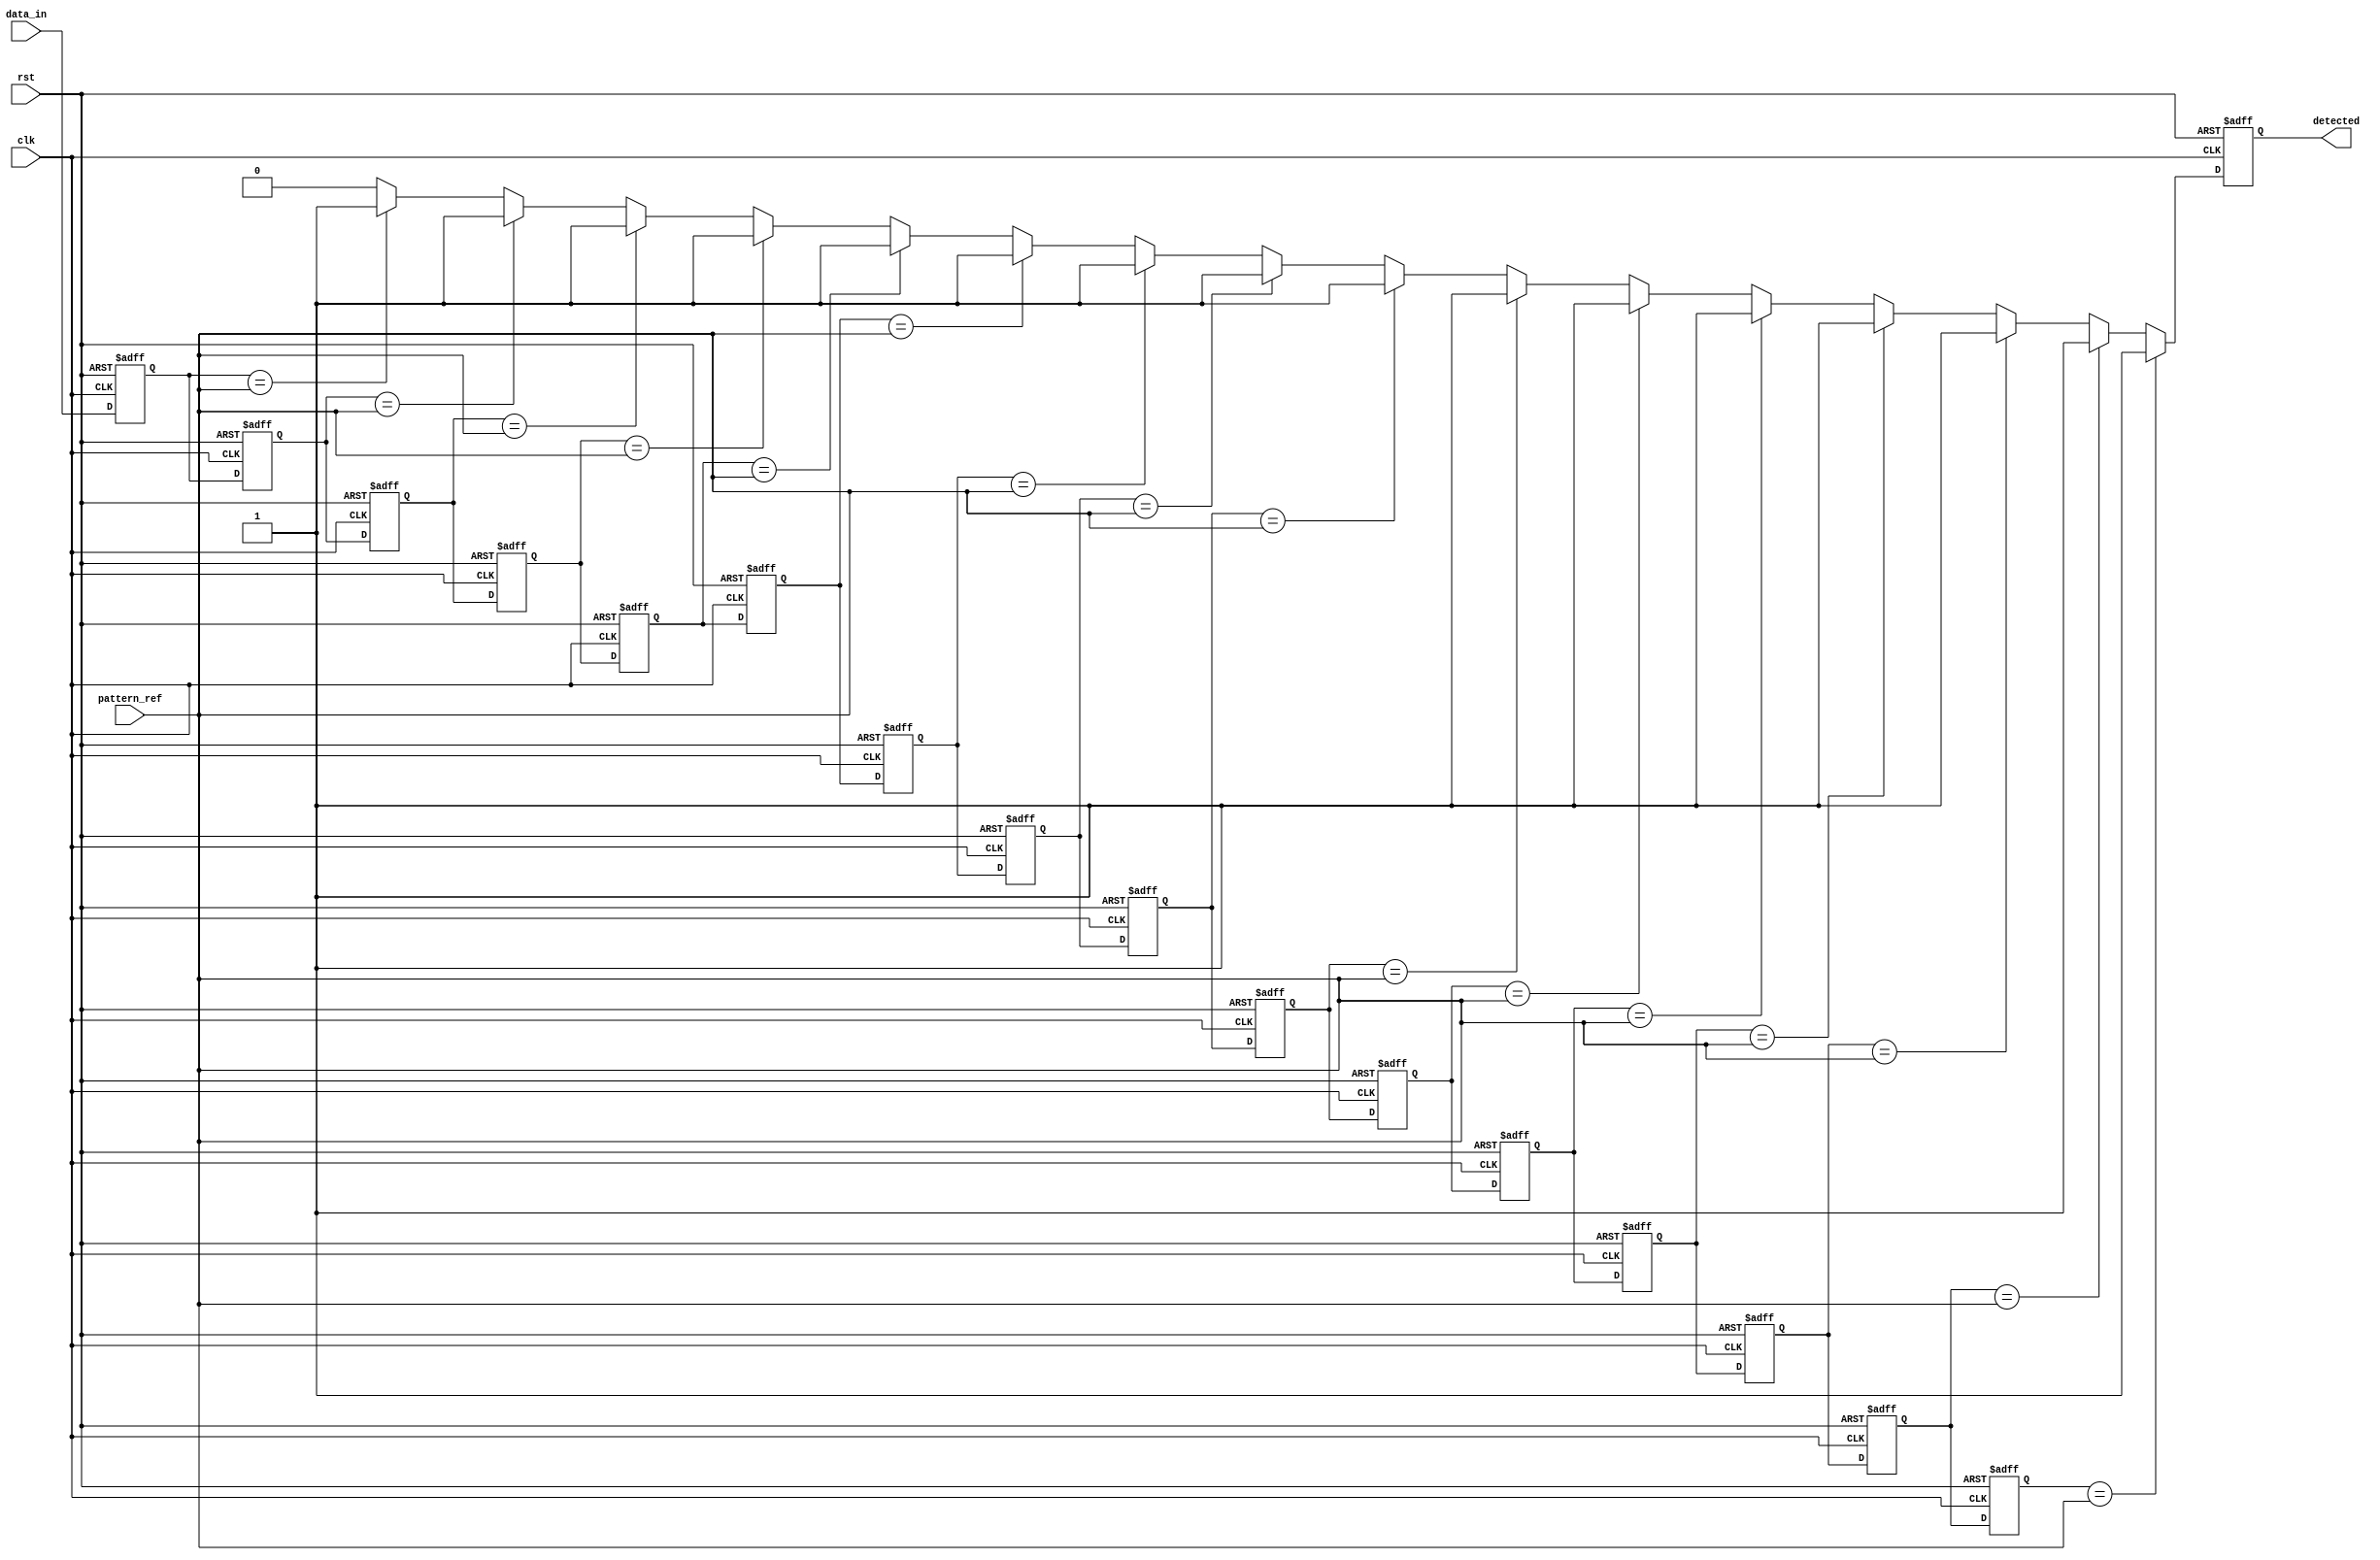
module delay_line_detector #(
    parameter DATA_WIDTH = 8,          // Width of the input data
    parameter DELAY_LINE_DEPTH = 16,    // Depth of the delay line
    parameter PATTERN_WIDTH = DATA_WIDTH // Width of the reference pattern
)(
    input wire clk,                     // Sampling clock
    input wire rst,                     // Reset signal
    input wire [DATA_WIDTH-1:0] data_in, // Input digital signal
    input wire [PATTERN_WIDTH-1:0] pattern_ref, // Reference pattern
    output reg detected                // Detection output signal
);

    // Delay line to hold the sampled values
    reg [DATA_WIDTH-1:0] delay_line [0:DELAY_LINE_DEPTH-1];

    // Shift register index
    integer i;

    // Detection Logic
    always @(posedge clk or posedge rst) begin
        if (rst) begin
            detected <= 1'b0; // On reset, clear the detected signal
            // Clear all delay line registers
            for (i = 0; i < DELAY_LINE_DEPTH; i = i + 1) begin
                delay_line[i] <= {DATA_WIDTH{1'b0}};
            end
        end else begin
            // Shift the delay line and sample the input data
            for (i = DELAY_LINE_DEPTH-1; i > 0; i = i - 1) begin
                delay_line[i] <= delay_line[i-1];
            end
            delay_line[0] <= data_in; // Capture the current input signal

            // Check for pattern detection in the delay line
            detected <= 1'b0; // Reset detected flag
            // Compare the reference pattern against the last sampled values
            for (i = 0; i < DELAY_LINE_DEPTH; i = i + 1) begin
                if (delay_line[i] == pattern_ref) begin
                    detected <= 1'b1; // Pattern detected
                end
            end
        end
    end

endmodule